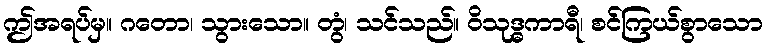
ဤအရပ်မှ။ ဂတော၊ သွားသော။ တွံ၊ သင်သည်။ ဝိသုဒ္ဓကာရီ၊ စင်ကြယ်စွာသော